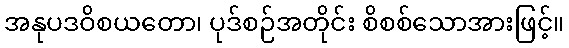
အနုပဒဝိစယတော၊ ပုဒ်စဉ်အတိုင်း စိစစ်သောအားဖြင့်။